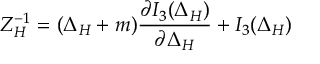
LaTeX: Z _ { H } ^ { - 1 } = ( \Delta _ { H } + m ) { \frac { \partial I _ { 3 } ( \Delta _ { H } ) } { \partial \Delta _ { H } } } + I _ { 3 } ( \Delta _ { H } )